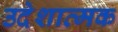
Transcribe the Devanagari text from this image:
उदेशात्मक